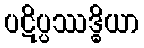
ပဋိပ္ပဿဒ္ဓိယာ